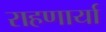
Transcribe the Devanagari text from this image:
राहणार्या